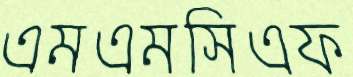
এমএমসিএফ